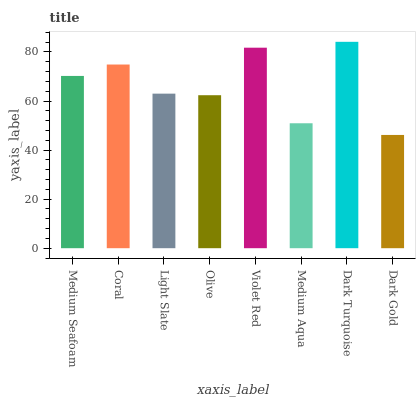
| xaxis_label | bars |
 | --- | --- |
 | Medium Seafoam | 70.2 |
 | Coral | 74.9 |
 | Light Slate | 63 |
 | Olive | 62.4 |
 | Violet Red | 81.7 |
 | Medium Aqua | 50.9 |
 | Dark Turquoise | 84.1 |
 | Dark Gold | 46.2 |